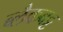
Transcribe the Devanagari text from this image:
ब्लैकबट्ट